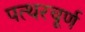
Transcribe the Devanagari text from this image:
पत्थरचूर्ण